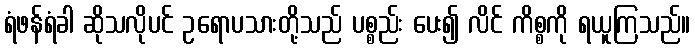
ရံဖန်ရံခါ ဆိုသလိုပင် ဥရောပသားတို့သည် ပစ္စည်း ပေး၍ လိင် ကိစ္စကို ရယူကြသည်။